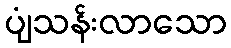
ပျံသန်းလာသော